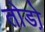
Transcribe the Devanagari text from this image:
तोडो़